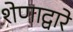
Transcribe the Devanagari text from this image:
शेणाद्वारे